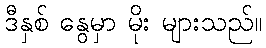
ဒီနှစ် နွေမှာ မိုး များသည်။